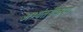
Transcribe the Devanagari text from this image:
अभ्यंतरीकरण